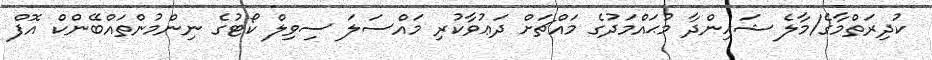
ކުދިރަތްމާގެ/މާލެ ޝަހިންދާ މުޙައްމަދުގެ މައްޗަށް ދަޢުވާކުރި މައްސަލަ ސިވިލް ކޯޓުގެ ނިންމުންތައްބޭންކް އޮފް